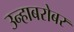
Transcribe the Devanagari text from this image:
उन्हाबरोबर